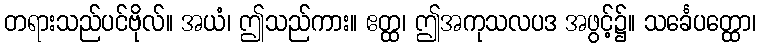
တရားသည်ပင်ဗိုလ်။ အယံ၊ ဤသည်ကား။ ဧတ္ထ၊ ဤအကုသလပဒ အဖွင့်၌။ သင်္ခေပတ္ထော၊